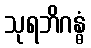
သုရဘိဂန္ဓံ